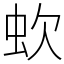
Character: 㰩